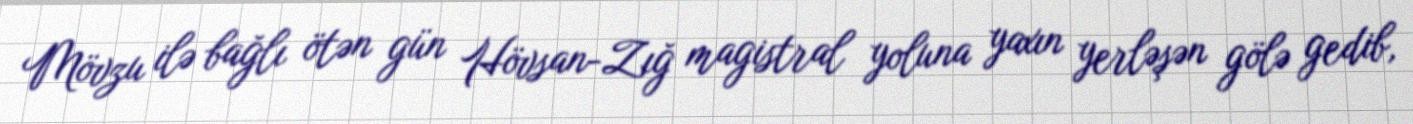
Mövzu ilə bağlı ötən gün Hövsan-Zığ magistral yoluna yaxın yerləşən gölə gedib,